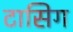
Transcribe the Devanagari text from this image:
टासिग